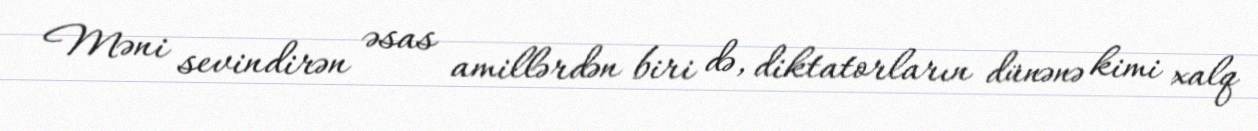
Məni sevindirən əsas amillərdən biri də, diktatorların dünənə kimi xalq